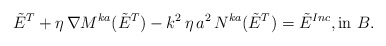
\begin{align*}\tilde{E}^{T} + \eta \, \nabla M^{ka}(\tilde{E}^{T}) - k^{2} \, \eta \, a^{2} \, N^{ka}(\tilde{E}^{T}) = \tilde{E}^{Inc}, \mbox{in } B.\end{align*}